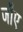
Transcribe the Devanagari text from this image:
जौए